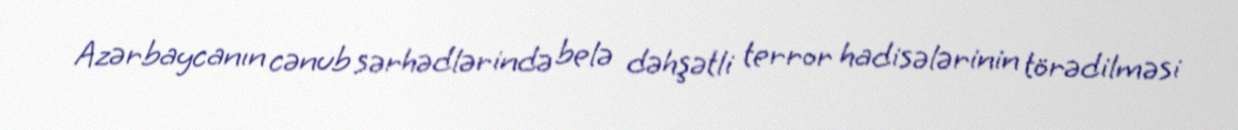
Azərbaycanın cənub sərhədlərində belə dəhşətli terror hadisələrinin törədilməsi